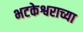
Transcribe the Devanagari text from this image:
भटकेश्वराच्या